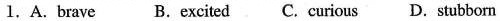
2.A.Fell B.Seemed C.Proved D.Grew